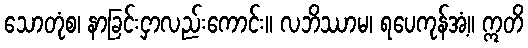
သောတုံစ၊ နာခြင်းငှာလည်းကောင်း။ လဘိဿာမ၊ ရပေကုန်အံ့။ ဣတိ